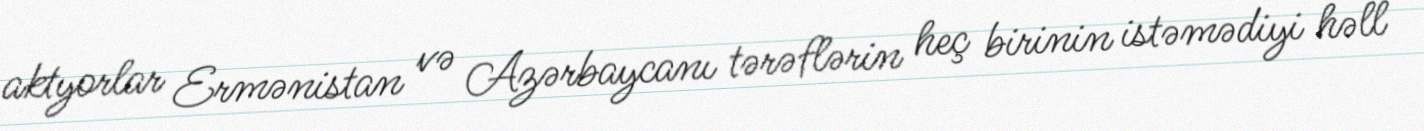
aktyorlar Ermənistan və Azərbaycanı tərəflərin heç birinin istəmədiyi həll